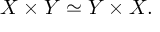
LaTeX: X \times Y \simeq Y \times X .